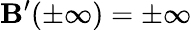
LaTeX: \mathbf{B}^{\prime}(\pm\infty)=\pm\infty